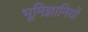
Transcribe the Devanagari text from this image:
भूमिज्ञानियों